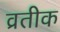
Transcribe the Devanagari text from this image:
व्रतीक